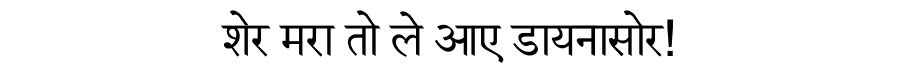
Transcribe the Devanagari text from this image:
शेर मरा तो ले आए डायनासोर!